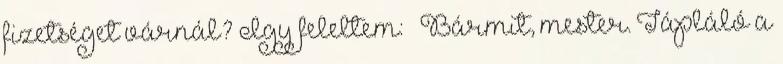
fizetséget várnál? Így feleltem: – Bármit, mester. Tápláló a